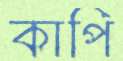
কাপি